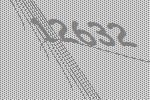
12632